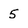
Character: 5